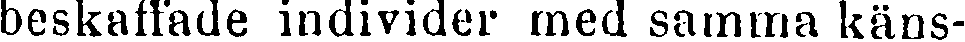
beskaffade individer med samma käns-